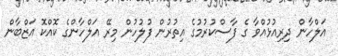
އަލްހާން ދިރިއުޅުއްވާ ގެ ފާސްކުރުމުގެ އިތުރުން ފުލުހުން މިރޭ އަލްހާންގެ ކޮއްކޮ އަޒްބާން